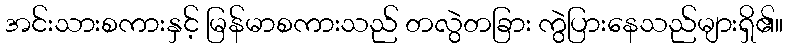
အင်းသားစကားနှင့် မြန်မာစကားသည် တလွဲတခြား ကွဲပြားနေသည်များရှိ၏။